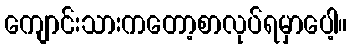
ကျောင်းသားကတော့စာလုပ်ရမှာပေါ့။